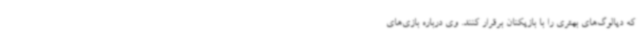
که دیالوگ‌های بهتری را با بازیکنان برقرار کنند. وی درباره بازی‌های